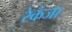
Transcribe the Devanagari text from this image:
रेकंजा